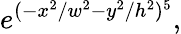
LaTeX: e^{(-x^{2}/w^{2}-y^{2}/h^{2})^{5}},